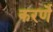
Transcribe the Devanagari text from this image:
करर्णे